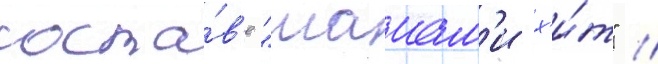
соста́в'е "маиам'и х'и́т" //